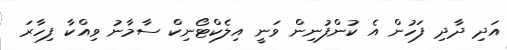
އަދި ދާދި ފަހުން އެ ކުންފުނިން ވަނީ އިލެކްޓޯނިކް ސާމާނު ވިއްކާ ފިހާރަ